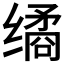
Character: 𰬻